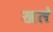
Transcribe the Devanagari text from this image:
खले